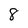
Character: 8